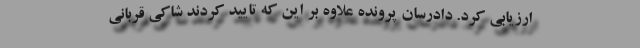
ارزیابی کرد. دادرسان پرونده علاوه بر این که تایید کردند شاکی قربانی